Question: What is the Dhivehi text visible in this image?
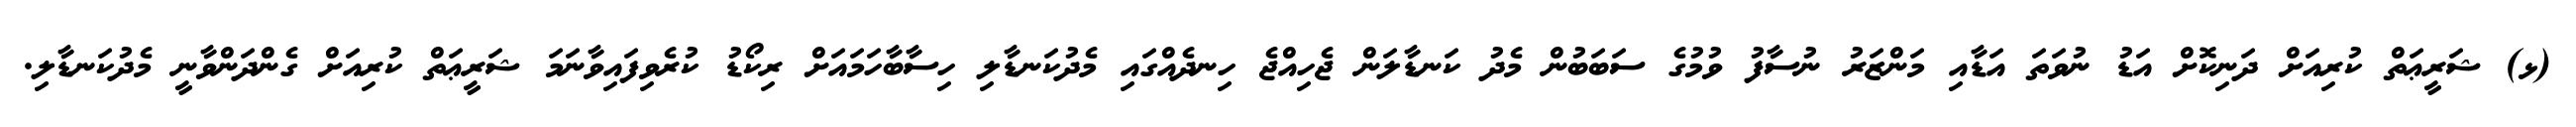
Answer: (ޅ) ޝަރީޢަތް ކުރިއަށް ދަނިކޮށް އަޑު ނުވަތަ އަޑާއި މަންޒަރު ނުސާފު ވުމުގެ ސަބަބުން މެދު ކަނޑާލަން ޖެހިއްޖެ ހިނދެއްގައި މެދުކަނޑާލި ހިސާބާހަމައަށް ރިކޯޑު ކުރެވިފައިވާނަމަ ޝަރީޢަތް ކުރިއަށް ގެންދަންވާނީ މެދުކަނޑާލި.